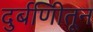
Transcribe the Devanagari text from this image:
दुर्बणिीतून